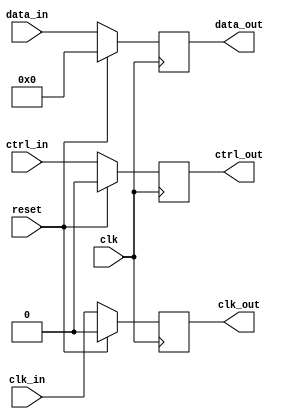
module timing_control(
    input wire clk,
    input wire reset,
    
    // Data buffering signals
    input wire [7:0] data_in,
    output wire [7:0] data_out,
    
    // Clock synchronization signals
    input wire clk_in,
    output wire clk_out,
    
    // Control signal synchronization signals
    input wire ctrl_in,
    output wire ctrl_out
);

// Timing control module
reg [7:0] data_buffer;
always @(posedge clk) begin
    if(reset) begin
        data_buffer <= 8'b0;
    end else begin
        data_buffer <= data_in;
    end
end

assign data_out = data_buffer;

// Clock synchronization module
reg clk_buffer;
always @(posedge clk) begin
    if(reset) begin
        clk_buffer <= 1'b0;
    end else begin
        clk_buffer <= clk_in;
    end
end

assign clk_out = clk_buffer;

// Control signal synchronization module
reg ctrl_buffer;
always @(posedge clk) begin
    if(reset) begin
        ctrl_buffer <= 1'b0;
    end else begin
        ctrl_buffer <= ctrl_in;
    end
end

assign ctrl_out = ctrl_buffer;

endmodule